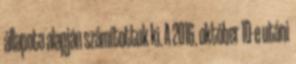
állapota alapján számítottuk ki. A 2016. október 10-e utáni